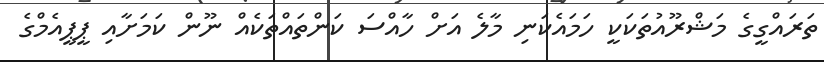
ތަރައްގީގެ މަޝްރޫއުތަކަކީ ހަމައެކަނި މާލެ އަށް ހާއްސަ ކަންތައްތަކެއް ނޫން ކަމަށާއި ޕީޕީއެމްގެ